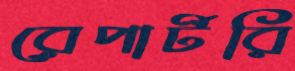
রেপার্টরি